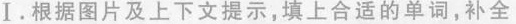
Ⅰ.根据图片及上下文提示,填上合适的单词,补全